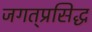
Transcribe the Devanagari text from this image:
जगत्‌प्रसिद्ध